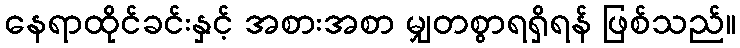
နေရာထိုင်ခင်းနှင့် အစားအစာ မျှတစွာရရှိရန် ဖြစ်သည်။